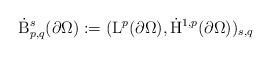
LaTeX: \begin{align*} \dot{\mathrm{B}}^{s}_{p,q}(\partial\Omega):= (\mathrm{L}^p(\partial\Omega),\dot{\mathrm{H}}^{1,p}(\partial\Omega))_{s,q}\end{align*}